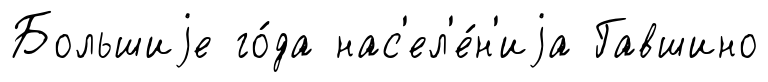
Большиjе го́да нас'ел'е́н'иjа Гавшино